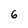
Character: 6